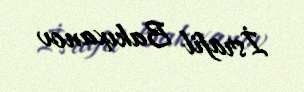
İsrafil Bakıxanov